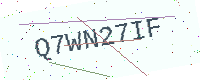
Text: Q7WN27IF